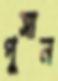
পুসান